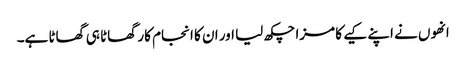
انھوں نے اپنے کیے کا مزا چکھ لیا اور ان کا انجام کار گھاٹا ہی گھاٹا ہے۔